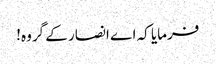
فرمایا کہ اے انصار کے گروہ!